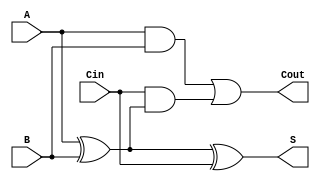
module RippleCarryFullAdder (
    input wire A,      // First binary input
    input wire B,      // Second binary input
    input wire Cin,    // Carry-in input
    output wire S,     // Sum output
    output wire Cout   // Carry-out output
);

    // Intermediate signals
    wire AxorB;        // A XOR B
    wire AandB;        // A AND B
    wire AxorBandCin;  // (A XOR B) XOR Cin

    // Compute the sum (S)
    assign AxorB = A ^ B;          // First XOR gate
    assign S = AxorB ^ Cin;        // Second XOR gate

    // Compute the carry-out (Cout)
    assign AandB = A & B;          // First AND gate
    assign Cout = AandB | (Cin & AxorB); // OR gate for carry-out

endmodule